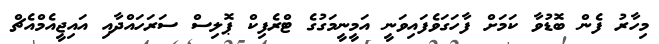
މިހާރު ފެން ބޮޑުވާ ކަމަށް ފާހަގަވެފައިވަނީ އަމީނީމަގުގެ ޓްރެފިކް ޕޮލިސް ސަރަހައްދާއި އައިޖީއެމްއެޗް